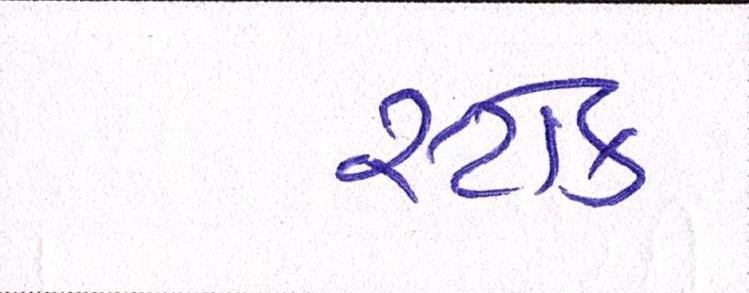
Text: સ્ટોક